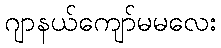
ဂျာနယ်ကျော်မမလေး